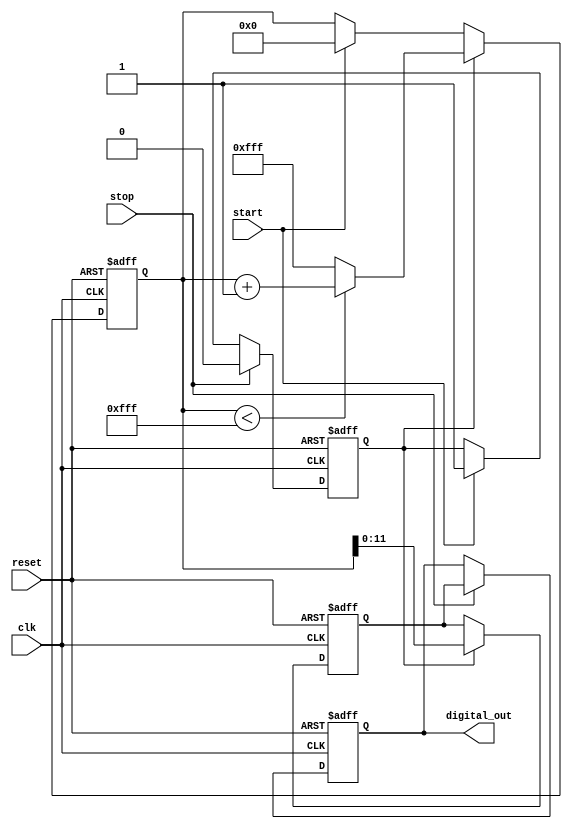
module TDC (
    input wire clk,           // System clock
    input wire reset,         // Asynchronous reset
    input wire start,         // Start signal
    input wire stop,          // Stop signal
    output reg [11:0] digital_out // Digital output (12-bit resolution)
);
    
    reg [11:0] voltage;       // Voltage level representing time interval
    reg ramping;              // Ramp state
    reg [15:0] counter;       // Counter for ramp generation
    
    // Parameters
    parameter RAMP_RATE = 12'd1; // Voltage ramp rate (adjust as needed)
    parameter MAX_VOLTAGE = 12'd4095; // Max voltage value (for 12-bit resolution)
    
    // State Machine for TDC operation
    always @(posedge clk or posedge reset) begin
        if (reset) begin
            voltage <= 12'd0;
            counter <= 16'd0;
            ramping <= 1'b0;
            digital_out <= 12'd0;
        end else begin
            if (start) begin
                // Start ramping
                ramping <= 1'b1;
                counter <= 16'd0; // Reset counter
            end
            
            if (ramping) begin
                // Generate voltage ramp
                if (counter < MAX_VOLTAGE) begin
                    counter <= counter + RAMP_RATE; // Increment counter
                end else begin
                    counter <= MAX_VOLTAGE; // Clamp to max voltage
                end
                voltage <= counter[11:0]; // Update voltage
            end
            
            if (stop) begin
                // Stop ramping and sample voltage
                ramping <= 1'b0;
                digital_out <= voltage; // Sample the voltage
            end
        end
    end
    
endmodule